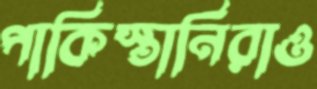
পাকিস্তানিরাও